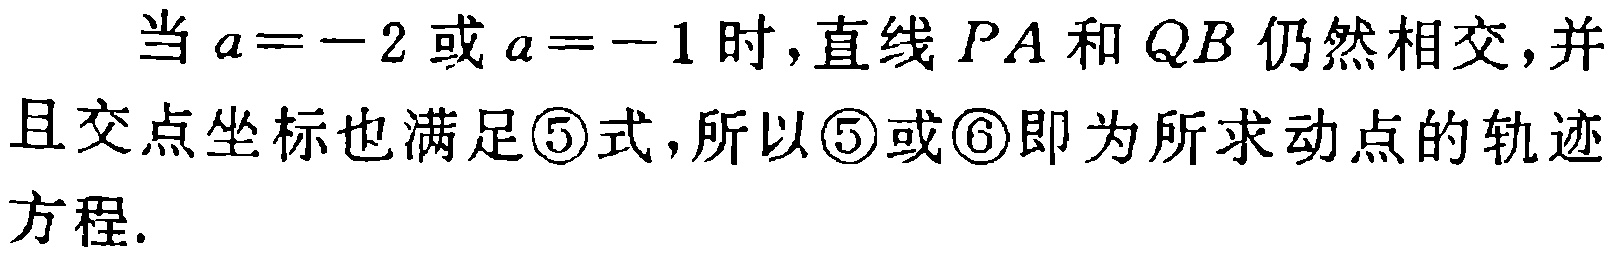
当 \(a = -2\) 或 \(a = -1\) 时,直线 \(PA\) 和 \(QB\) 仍然相交,并且交点坐标也满足\textcircled{5}式,所以\textcircled{5}或\textcircled{6}即为所求动点的轨迹方程.